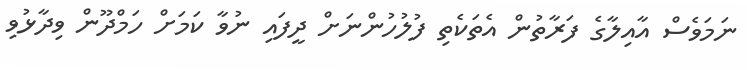
ނަމަވެސް އާއިލާގެ ފަރާތުން އެތަކެތި ފުލުހުންނަށް ދީފައި ނުވާ ކަމަށް ހަމްދޫން ވިދާޅުވި